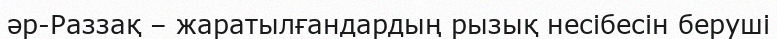
әр-Раззақ – жаратылғандардың рызық несібесін беруші